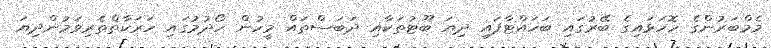
މެމްބަރުންގެ ހޮހަޅައިގެ ބޭރުގައި ބަހައްޓާފައި ދިޔަ ބޫޓުތަކާއި ދަބަސްތައް މީހުން ހޯދުމުގައި ހަރަކާތްތެރިވަމުންދިޔަ